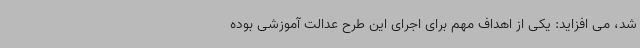
شد، می افزاید: یکی از اهداف مهم برای اجرای این طرح عدالت آموزشی بوده